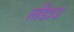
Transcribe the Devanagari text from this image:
लँडाउ